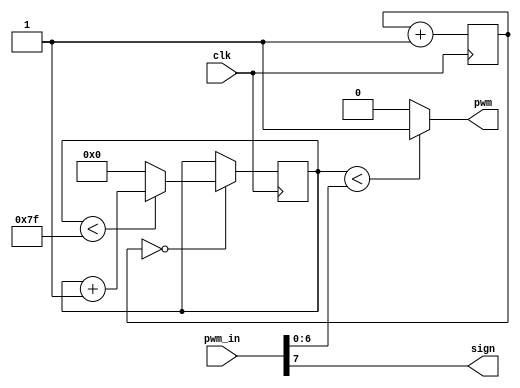
`timescale 1ns / 1ps
//////////////////////////////////////////////////////////////////////////////////
// Company: 
// Engineer: 
// 
// Design Name: 
// Module Name:    motor7bitpwm 
// Project Name: 
// Target Devices: 
// Tool versions: 
// Description: 
//
// Dependencies: 
//
// Revision: 
// Revision 0.01 - File Created
// Additional Comments: 
//
//////////////////////////////////////////////////////////////////////////////////
module motor7bitpwm(
    input clk,input [7:0] pwm_in,output pwm,output sign
    );
	 assign sign=pwm_in[7];
	 reg [7:0] counter=0;reg [7:0]count;
	 //counter <= 0;
	 always@(posedge clk)
	 begin
	 if (count==0)
	 begin
	 if(counter<127)
	 counter <= counter + 1;
	 else counter <= 0;
	 end
	 count <=count+1;
	end
assign pwm = (counter<pwm_in[6:0])?1:0;
endmodule